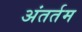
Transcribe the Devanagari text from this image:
अंतर्तम